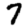
Digit: 7